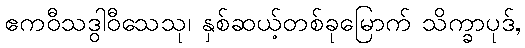
ဧကဝီသဒွါဝီသေသု၊ နှစ်ဆယ့်တစ်ခုမြောက် သိက္ခာပုဒ်,